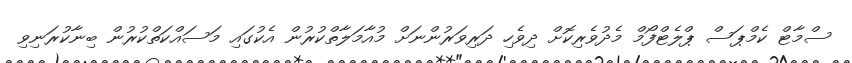
ސްމާޓް ކެމްޕަސް ޕްލެޓްފޯމް މެދުވެރިކޮށް ދިވެހި ދަރިވަރުންނަށް މުއާމަލާތްކުރުން އެކުގައި މަސައްކަތްކުރުން ބިނާކުރަނިވި